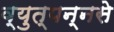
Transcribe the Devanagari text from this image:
व्युत्पन्नसे